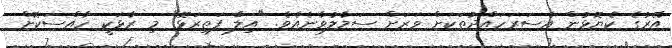
އޭރުގެ ކެޔޮޅުން އެސަރަހައްދުތަކަށް ވަރަށް ސަމާލުވާނެއެވެ. "އިލާ ފަތިރަޅޮ" މި ރާޅަކީ ހާއްސަކޮށް